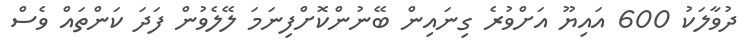
ދުވާލަކު 600 އައިޔޫ އަށްވުރެ ގިނައިން ބޭނުންކޮށްފިނަމަ ލޭލެވުން ފަދަ ކަންތައް ވެސް